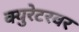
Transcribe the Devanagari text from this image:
क्युरेटरवर